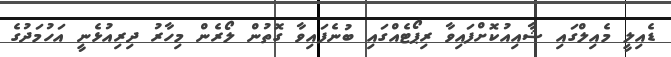
ޑެއިލީ މެއިލްގައި ޝާއިއުކޮށްފައިވާ ރިޕޯޓެއްގައި ބުނެފައިވާ ގޮތުން ލޯރެން މިހާރު ދިރިއުޅެނީ އަހުމަދުގެ